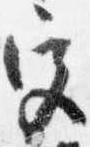
宮